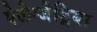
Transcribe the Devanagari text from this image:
ऐलेग्जैड्रिया